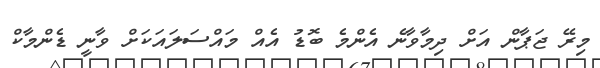
މިރޭ ޖަޕާން އަށް ދިމާވާނެ އެންމެ ބޮޑު އެއް މައްސަލައަކަށް ވާނީ ޑެންމާކް